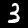
Label: 3